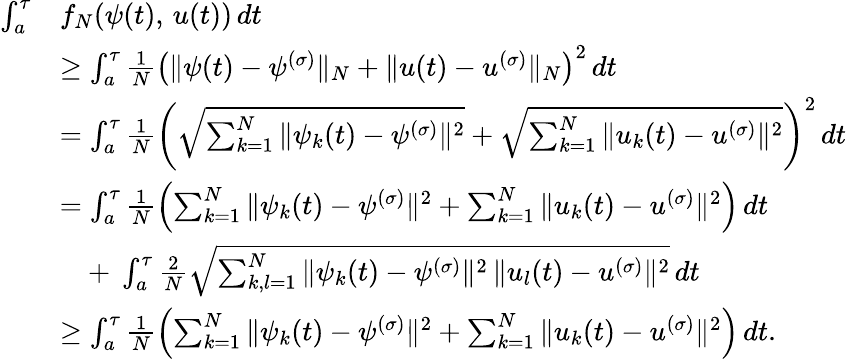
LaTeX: \begin{array}{rl}{\int_{a}^{\tau}}&{f_{N}(\psi(t),\, u(t))\, dt}\\ &{\geq\int_{a}^{\tau}\frac{1}{N}\left(\| \psi(t)-\psi^{(\sigma)}\| _{N}+\| u(t)-u^{(\sigma)}\| _{N}\right)^{2}\, dt}\\ &{=\int_{a}^{\tau}\frac{1}{N}\left(\sqrt{\sum_{k=1}^{N}\| \psi_{k}(t)-\psi^{(\sigma)}\| ^{2}}+\sqrt{\sum_{k=1}^{N}\| u_{k}(t)-u^{(\sigma)}\| ^{2}}\right)^{2}\, dt}\\ &{=\int_{a}^{\tau}\frac{1}{N}\left({\sum_{k=1}^{N}\| \psi_{k}(t)-\psi^{(\sigma)}\| ^{2}}+{\sum_{k=1}^{N}\| u_{k}(t)-u^{(\sigma)}\| ^{2}}\right)\, dt}\\ &{\quad+\ \int_{a}^{\tau}\frac{2}{N}\sqrt{\sum_{k,l=1}^{N}\| \psi_{k}(t)-\psi^{(\sigma)}\| ^{2}\, \| u_{l}(t)-u^{(\sigma)}\| ^{2}}\, dt}\\ &{\geq\int_{a}^{\tau}\frac{1}{N}\left({\sum_{k=1}^{N}\| \psi_{k}(t)-\psi^{(\sigma)}\| ^{2}}+{\sum_{k=1}^{N}\| u_{k}(t)-u^{(\sigma)}\| ^{2}}\right)\, dt.}\end{array}